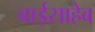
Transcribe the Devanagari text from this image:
बाईसाहेब